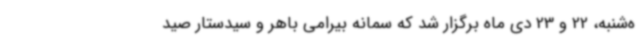
ه‌شنبه، 22 و 23 دی ماه برگزار شد که سمانه بیرامی باهر و سیدستار صید